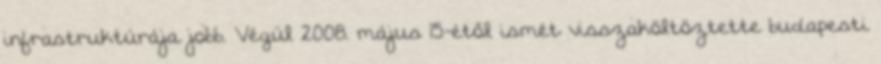
infrastruktúrája jobb. Végül 2008. május 15-étől ismét visszaköltöztette budapesti